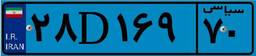
۵۵D۲۸۹۴۸